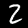
Digit: 2